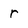
Character: r